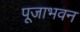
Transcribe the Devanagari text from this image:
पूजाभवन